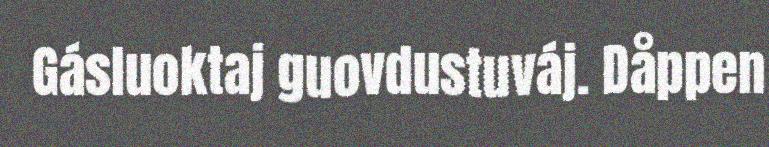
Gásluoktaj guovdustuváj. Dåppen